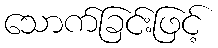
သောက်ခြင်းဖြင့်